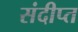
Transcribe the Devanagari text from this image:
संदीप्त